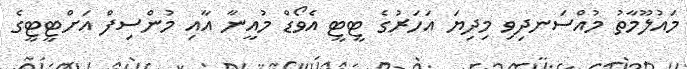
މައުލޫމާތު މުއްސަނދިވި މިދިޔަ އަހަރުގެ ޓީޓީ އެވޯޑް މުއީނާ އާއި މުންސިފް އަށްޓީޓީގެ